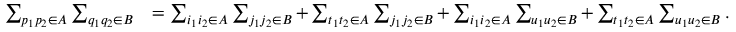
\begin{array} { r l } { \sum _ { p _ { 1 } p _ { 2 } \in A } \sum _ { q _ { 1 } q _ { 2 } \in B } } & { = \sum _ { i _ { 1 } i _ { 2 } \in A } \sum _ { j _ { 1 } j _ { 2 } \in B } + \sum _ { t _ { 1 } t _ { 2 } \in A } \sum _ { j _ { 1 } j _ { 2 } \in B } + \sum _ { i _ { 1 } i _ { 2 } \in A } \sum _ { u _ { 1 } u _ { 2 } \in B } + \sum _ { t _ { 1 } t _ { 2 } \in A } \sum _ { u _ { 1 } u _ { 2 } \in B } . } \end{array}